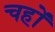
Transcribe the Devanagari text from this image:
चहों